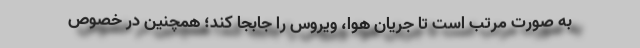
به صورت مرتب است تا جریان هوا، ویروس را جابجا کند؛ همچنین در خصوص